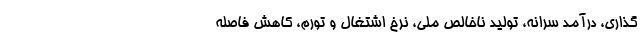
‌گذاری، درآمد سرانه، توليد ناخالص ملی، نرخ اشتغال و تورم، کاهش فاصلهٔ